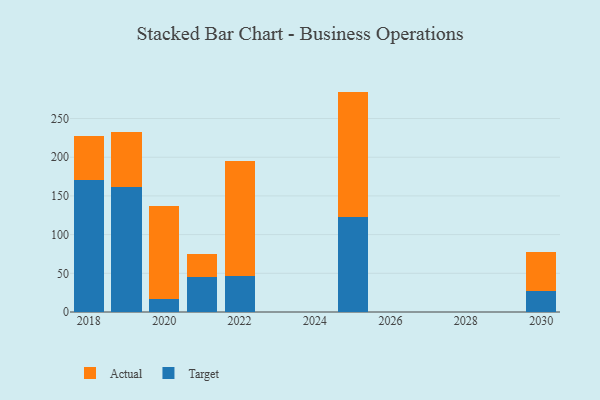
{"axis": {"x": "Year", "y": "Customer Acquisition Cost (USD)"}, "legend": ["Actual", "Target"], "data": [{"x": "2022", "y": 46.3, "type": "Target"}, {"x": "2022", "y": 148.3, "type": "Actual"}, {"x": "2020", "y": 16.5, "type": "Target"}, {"x": "2020", "y": 120.1, "type": "Actual"}, {"x": "2025", "y": 122.6, "type": "Target"}, {"x": "2025", "y": 162.2, "type": "Actual"}, {"x": "2021", "y": 45.0, "type": "Target"}, {"x": "2021", "y": 30.3, "type": "Actual"}, {"x": "2019", "y": 162.1, "type": "Target"}, {"x": "2019", "y": 70.8, "type": "Actual"}, {"x": "2018", "y": 170.1, "type": "Target"}, {"x": "2018", "y": 57.3, "type": "Actual"}, {"x": "2030", "y": 27.6, "type": "Target"}, {"x": "2030", "y": 49.6, "type": "Actual"}]}